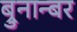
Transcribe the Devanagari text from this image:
ब्रुनान्बर